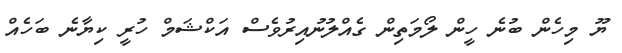
ޔޫ މިހެން ބުނެ ހީން ލޯމަތިން ގެއްލުނުއިރުވެސް އަކްޝަމް ހުރީ ކިޔާނެ ބަހެއް